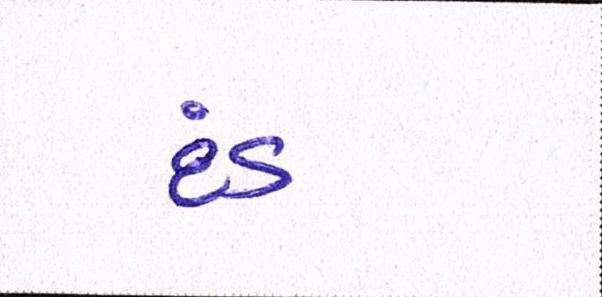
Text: દંડ